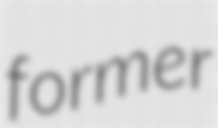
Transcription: former